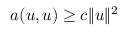
a ( u , u ) \geq c \| u \| ^ { 2 }